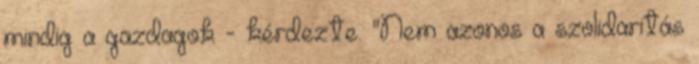
mindig a gazdagok - kérdezte. "Nem azonos a szolidaritás